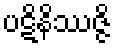
ပဋိနိဿဇ္ဇိ